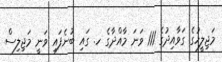
މަޖިލީހުގެ ގަވާއިދުގެ 111 ވަނަ މާއްދާގެ ހ. ގައި ބުނެފައި ވަނީ މަޖިލިސް